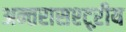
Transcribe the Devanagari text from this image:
अन्तरासश्ट्ऱीय